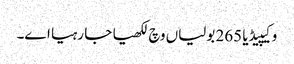
وکیپیڈیا 265 بولیاں وچ لکھیا جا رہیا اے۔